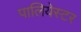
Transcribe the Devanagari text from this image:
पालियेस्टर